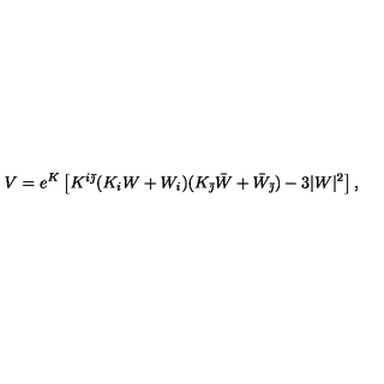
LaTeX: V = e ^ { K } \left[ K ^ { i \bar { \jmath } } ( K _ { i } W + W _ { i } ) ( K _ { \bar { \jmath } } \bar { W } + \bar { W } _ { \bar { \jmath } } ) - 3 | W | ^ { 2 } \right] ,